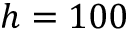
h = 1 0 0